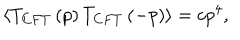
\langle T _ { C F T } \left( p \right) T _ { C F T } \left( - p \right) \rangle = c p ^ { 4 } ,